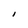
Character: I